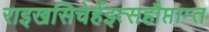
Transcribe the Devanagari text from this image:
राइखसिचेर्हेइत्सहौप्ताम्त